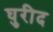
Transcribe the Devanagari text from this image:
घुरीद